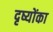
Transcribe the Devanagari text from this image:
दृष्योंका